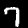
Digit: 7